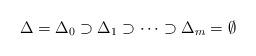
LaTeX: \begin{align*}\Delta= \Delta_0 \supset \Delta_1 \supset \dots \supset \Delta_m = \emptyset\end{align*}